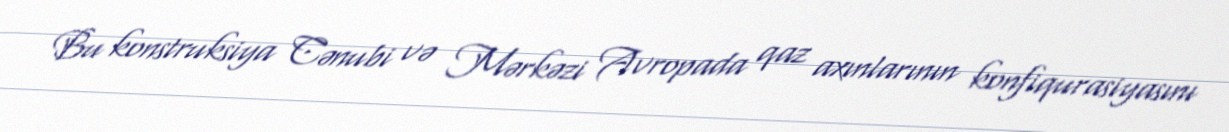
Bu konstruksiya Cənubi və Mərkəzi Avropada qaz axınlarının konfiqurasiyasını